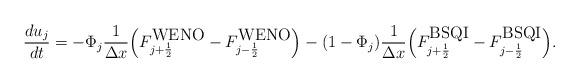
LaTeX: \begin{align*} \frac{du_j}{dt}&=-\Phi_j\frac{1 }{\Delta x}\Big( F_{j+\frac{1}{2}}^{\mbox{WENO}}-F_{j-\frac{1}{2}}^{\mbox{WENO}}\Big) -(1-\Phi_j)\frac{1 }{\Delta x}\Big( F_{j+\frac{1}{2}}^{\mbox{BSQI}}-F_{j-\frac{1}{2}}^{\mbox{BSQI}}\Big). \end{align*}